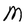
Character: M